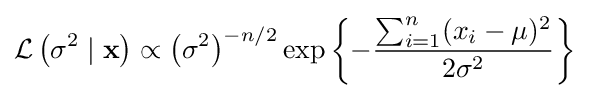
{\mathcal {L}}\left(\sigma ^{2}\mid \mathbf {x} \right)\propto \left(\sigma ^{2}\right)^{-n/2}\exp \left\{-{\frac {\sum _{i=1}^{n}(x_{i}-\mu )^{2}}{2\sigma ^{2}}}\right\}